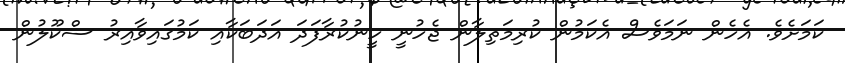
ކަމަށެވެ. އެހެން ނަމަވެސް އެކަމުން ކުރިމަތިލާން ޖެހުނީ ހީނުކުރާފަދަ އަދަބަކާއި ކަމުގައިވާއިރު ސްކޫލުން